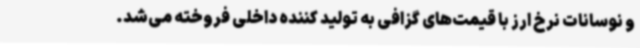
و نوسانات نرخ ارز با قیمت‌های گزافی به تولید کننده داخلی فروخته می‌شد.